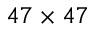
4 7 \times 4 7